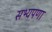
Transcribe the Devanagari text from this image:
सभ्यपणा